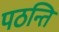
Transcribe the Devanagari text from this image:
पठन्ति